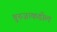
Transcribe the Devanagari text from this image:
बुरुजाकडील